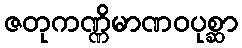
ဇတုကဏ္ဏိမာဏဝပုစ္ဆာ